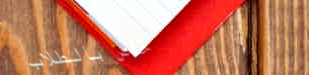
خاص بالطلاب